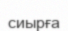
сиырға